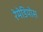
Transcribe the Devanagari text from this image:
रेमेडियोस